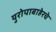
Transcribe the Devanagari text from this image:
युरोपाबाहेरचे